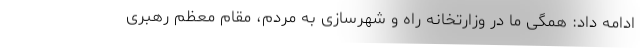
ادامه داد: همگی ما در وزارتخانه راه و شهرسازی به مردم، مقام معظم رهبری